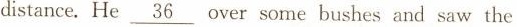
distance. He \underline{36} over some bushes and saw the